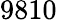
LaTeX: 9810